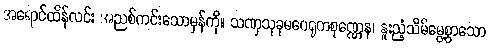
အရောင်ထိန်လင်း အညစ်ကင်းသောမှန်ကို။ သဏှသုခုမဂေရုကစုဏ္ဏေန၊ နူးညံ့သိမ်မွေ့စွာသော